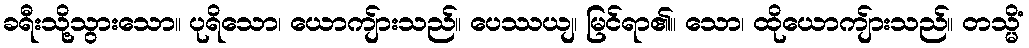
ခရီးသို့သွားသော။ ပုရိသော၊ ယောကျ်ားသည်။ ပေဿယျ၊ မြင်ရာ၏။ သော၊ ထိုယောကျ်ားသည်။ တသ္မိံ